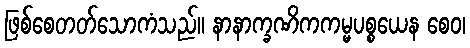
ဖြစ်စေတတ်သောကံသည်။ နာနာက္ခဏိကကမ္မပစ္စယေန စေဝ၊